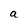
Character: a